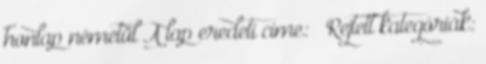
honlap németül A lap eredeti címe: „ Rejtett kategóriák: